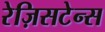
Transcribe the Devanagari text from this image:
रेज़िसटेन्स